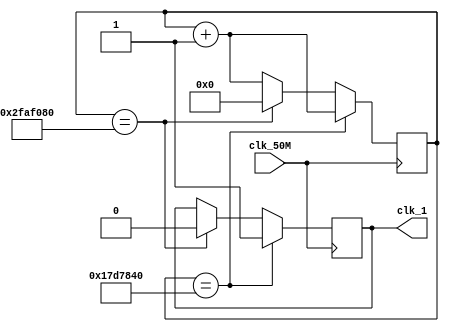
//send the boards 50MHz clock to this and on the output will be 1Hz clock
module clock_divider(
        input clk_50M,
        output reg clk_1
);
        reg [27:0] counter = 0;
        always@(posedge clk_50M)
        begin
                if(counter == 28'd25_000_000)
                begin
                        counter <= counter + 1;
                        clk_1 <= 1;
                end else if(counter == 28'd50_000_000)
                begin
                        counter <= 0;
                        clk_1 <= 0;
                end else begin
                        counter <= counter + 1;
                        clk_1 <= clk_1;
                end
        end
endmodule